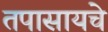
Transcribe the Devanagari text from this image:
तपासायचे